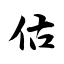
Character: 估